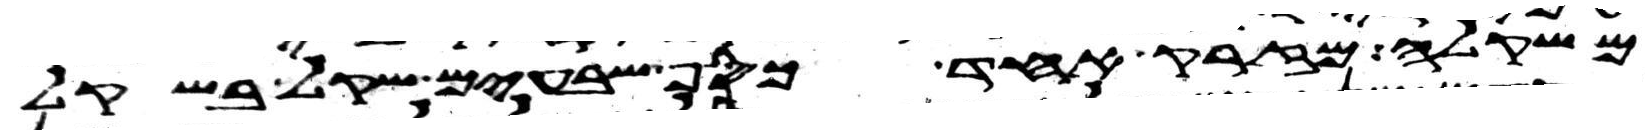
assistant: משקלה מזרק אחד כסף שבעים שקל בשקל